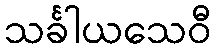
သင်္ခါယသေဝီ